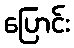
ပြောင်း